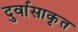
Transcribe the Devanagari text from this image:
दुर्वासाकृत